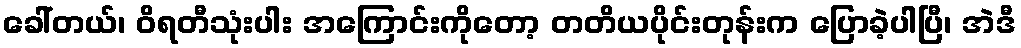
ခေါ်တယ်၊ ဝိရတီသုံးပါး အကြောင်းကိုတော့ တတိယပိုင်းတုန်းက ပြောခဲ့ပါပြီ၊ အဲဒီ